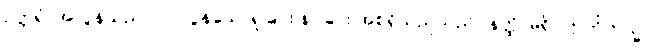
ဥတ္တရံ၊ အလွန်သည်။ ဝါ၊ လွန်သောရှုခြင်း နာခြင်း အစရှိသည်သည်။ နတ္ထိ၊ မရှိ။ ဣတိတသ္မာ၊